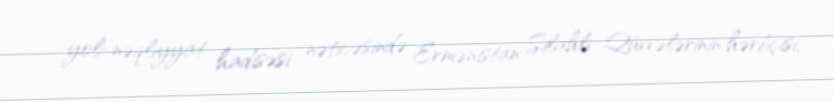
yol-nəqliyyat hadisəsi nəticəsində Ermənistan Silahlı Qüvvələrinin hərbçisi,